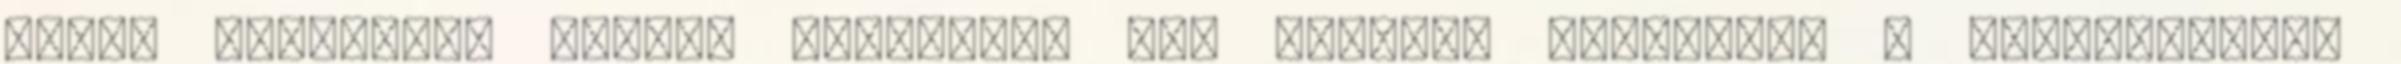
város jubileuma idején született 400 ezredik lakosról. A főszerkesztő